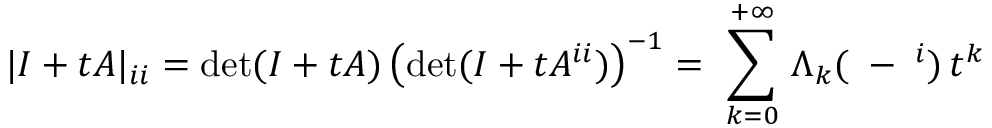
| I + t A | _ { i i } = \mathrm { d e t } ( I + t A ) \left( \mathrm { d e t } ( I + t A ^ { i i } ) \right) ^ { - 1 } = \ \sum _ { k = 0 } ^ { + \infty } \, \Lambda _ { k } ( { \bf \alpha } - { \bf \alpha } ^ { i } ) \, t ^ { k }